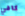
كافي